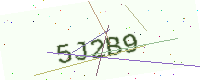
Text: 5J2B9